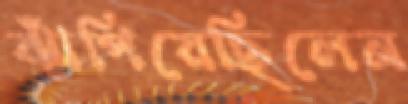
ঝাঁপিয়েছিলেন